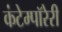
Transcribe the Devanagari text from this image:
कंटेम्पॉरेरी